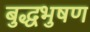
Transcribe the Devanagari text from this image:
बुद्धभुषण